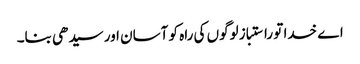
اے خدا تو راستباز لوگوں کی راہ کو آسان اور سیدھی بنا۔